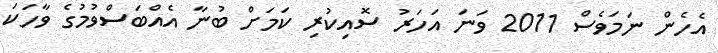
އެހެން ނަމަވެސް 2011 ވަނަ އަހަރު ސޮއިކުރި ކަމަށް ބުނާ އެއްބަސްވުމުގެ ވާހަކަ